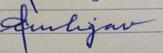
Signature authenticity: forged